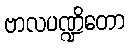
ဗာလပဏ္ဍိတော